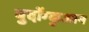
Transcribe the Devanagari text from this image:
बुदोंग्कुआन